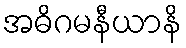
အဓိဂမနီယာနိ